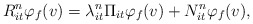
\begin{align*}R_{it}^n \varphi_f(v) = \lambda_{it}^n \Pi_{it} \varphi_f(v) + N_{it}^n \varphi_f(v),\end{align*}